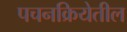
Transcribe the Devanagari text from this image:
पचनक्रियेतील